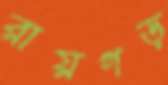
রায়গড়